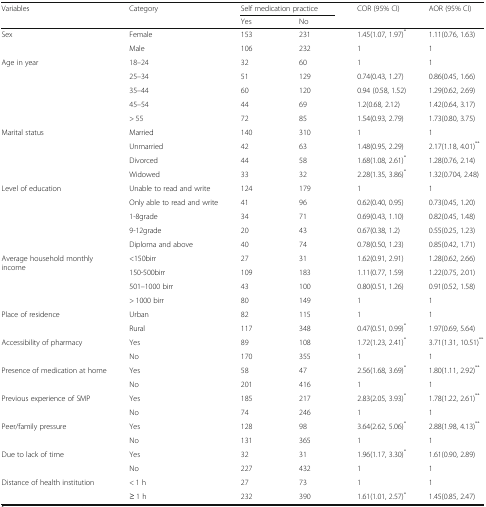
<table><thead><tr><td rowspan="2"><b>Variables</b></td><td rowspan="2"><b>Category</b></td><td colspan="2"><b>Self medication practice</b></td><td rowspan="2"><b>COR (95% CI)</b></td><td rowspan="2"><b>AOR (95% CI)</b></td></tr><tr><td><b>Yes</b></td><td><b>No</b></td></tr></thead><tbody><tr><td rowspan="2">Sex</td><td>Female</td><td>153</td><td>231</td><td>1.45(1.07, 1.97)<sup>*</sup></td><td>1.11(0.76, 1.63)</td></tr><tr><td>Male</td><td>106</td><td>232</td><td>1</td><td>1</td></tr><tr><td rowspan="5">Age in year</td><td>18–24</td><td>32</td><td>60</td><td>1</td><td>1</td></tr><tr><td>25–34</td><td>51</td><td>129</td><td>0.74(0.43, 1.27)</td><td>0.86(0.45, 1.66)</td></tr><tr><td>35–44</td><td>60</td><td>120</td><td>0.94 (0.58, 1.52)</td><td>1.29(0.62, 2.69)</td></tr><tr><td>45–54</td><td>44</td><td>69</td><td>1.2(0.68, 2.12)</td><td>1.42(0.64, 3.17)</td></tr><tr><td>&gt; 55</td><td>72</td><td>85</td><td>1.54(0.93, 2.79)</td><td>1.73(0.80, 3.75)</td></tr><tr><td rowspan="4">Marital status</td><td>Married</td><td>140</td><td>310</td><td>1</td><td>1</td></tr><tr><td>Unmarried</td><td>42</td><td>63</td><td>1.48(0.95, 2.29)</td><td>2.17(1.18, 4.01)<sup>**</sup></td></tr><tr><td>Divorced</td><td>44</td><td>58</td><td>1.68(1.08, 2.61)<sup>*</sup></td><td>1.28(0.76, 2.14)</td></tr><tr><td>Widowed</td><td>33</td><td>32</td><td>2.28(1.35, 3.86)<sup>*</sup></td><td>1.32(0.704, 2.48)</td></tr><tr><td rowspan="5">Level of education</td><td>Unable to read and write</td><td>124</td><td>179</td><td>1</td><td>1</td></tr><tr><td>Only able to read and write</td><td>41</td><td>96</td><td>0.62(0.40, 0.95)</td><td>0.73(0.45, 1.20)</td></tr><tr><td>1-8grade</td><td>34</td><td>71</td><td>0.69(0.43, 1.10)</td><td>0.82(0.45, 1.48)</td></tr><tr><td>9-12grade</td><td>20</td><td>43</td><td>0.67(0.38, 1.2)</td><td>0.55(0.25, 1.23)</td></tr><tr><td>Diploma and above</td><td>40</td><td>74</td><td>0.78(0.50, 1.23)</td><td>0.85(0.42, 1.71)</td></tr><tr><td rowspan="4">Average household monthly income</td><td>&lt;150birr</td><td>27</td><td>31</td><td>1.62(0.91, 2.91)</td><td>1.28(0.62, 2.66)</td></tr><tr><td>150-500birr</td><td>109</td><td>183</td><td>1.11(0.77, 1.59)</td><td>1.22(0.75, 2.01)</td></tr><tr><td>501–1000 birr</td><td>43</td><td>100</td><td>0.80(0.51, 1.26)</td><td>0.91(0.52, 1.58)</td></tr><tr><td>&gt; 1000 birr</td><td>80</td><td>149</td><td>1</td><td>1</td></tr><tr><td rowspan="2">Place of residence</td><td>Urban</td><td>82</td><td>115</td><td>1</td><td>1</td></tr><tr><td>Rural</td><td>117</td><td>348</td><td>0.47(0.51, 0.99)<sup>*</sup></td><td>1.97(0.69, 5.64)</td></tr><tr><td rowspan="2">Accessibility of pharmacy</td><td>Yes</td><td>89</td><td>108</td><td>1.72(1.23, 2.41)<sup>*</sup></td><td>3.71(1.31, 10.51)<sup>**</sup></td></tr><tr><td>No</td><td>170</td><td>355</td><td>1</td><td>1</td></tr><tr><td rowspan="2">Presence of medication at home</td><td>Yes</td><td>58</td><td>47</td><td>2.56(1.68, 3.69)<sup>*</sup></td><td>1.80(1.11, 2.92)<sup>**</sup></td></tr><tr><td>No</td><td>201</td><td>416</td><td>1</td><td>1</td></tr><tr><td rowspan="2">Previous experience of SMP</td><td>Yes</td><td>185</td><td>217</td><td>2.83(2.05, 3.93)<sup>*</sup></td><td>1.78(1.22, 2.61)<sup>**</sup></td></tr><tr><td>No</td><td>74</td><td>246</td><td>1</td><td>1</td></tr><tr><td rowspan="2">Peer/family pressure</td><td>Yes</td><td>128</td><td>98</td><td>3.64(2.62, 5.06)<sup>*</sup></td><td>2.88(1.98, 4.13)<sup>**</sup></td></tr><tr><td>No</td><td>131</td><td>365</td><td>1</td><td>1</td></tr><tr><td rowspan="2">Due to lack of time</td><td>Yes</td><td>32</td><td>31</td><td>1.96(1.17, 3.30)<sup>*</sup></td><td>1.61(0.90, 2.89)</td></tr><tr><td>No</td><td>227</td><td>432</td><td>1</td><td>1</td></tr><tr><td rowspan="2">Distance of health institution</td><td>&lt; 1 h</td><td>27</td><td>73</td><td>1</td><td>1</td></tr><tr><td>≥ 1 h</td><td>232</td><td>390</td><td>1.61(1.01, 2.57)<sup>*</sup></td><td>1.45(0.85, 2.47)</td></tr></tbody></table>